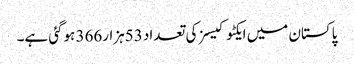
پاکستان میں ایکٹوکیسز کی تعداد 53ہزار366 ہوگئی ہے۔